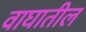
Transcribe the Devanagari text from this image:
वाघातील